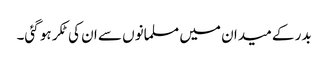
بدر کے میدان میں مسلمانوں سے ان کی ٹکر ہو گئی۔